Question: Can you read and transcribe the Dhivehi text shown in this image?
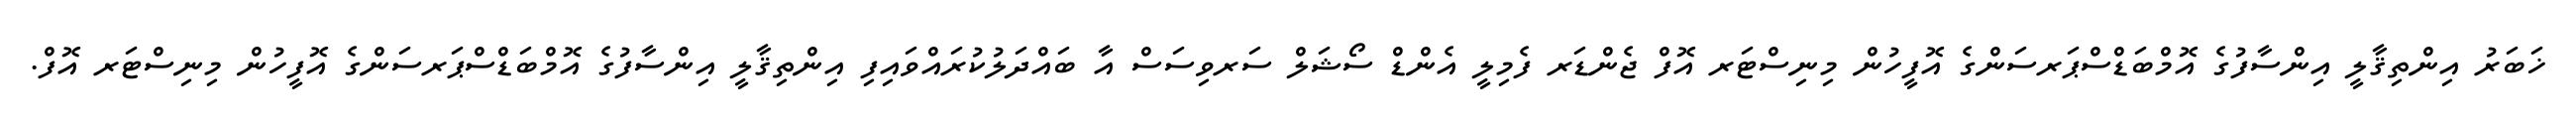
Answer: ޚަބަރު އިންތިޤާލީ އިންސާފުގެ އޮމްބަޑްސްޕަރސަންގެ އޮފީހުން މިނިސްޓަރ އޮފް ޖެންޑަރ ފެމިލީ އެންޑް ސޯޝަލް ސަރވިސަސް އާ ބައްދަލުކުރައްވައިފި އިންތިޤާލީ އިންސާފުގެ އޮމްބަޑްސްޕަރސަންގެ އޮފީހުން މިނިސްޓަރ އޮފް.